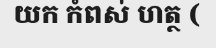
យក កំពស់ ហត្ថ (